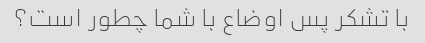
با تشکر پس اوضاع با شما چطور است؟